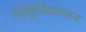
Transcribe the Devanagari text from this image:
विश्विविद्यालय